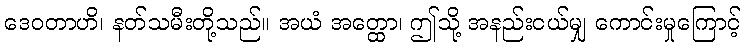
ဒေဝတာဟိ၊ နတ်သမီးတို့သည်။ အယံ အတ္ထော၊ ဤသို့ အနည်းငယ်မျှ ကောင်းမှုကြောင့်